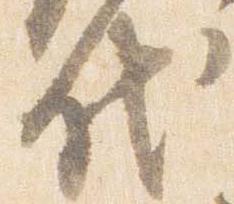
代